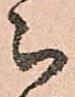
被